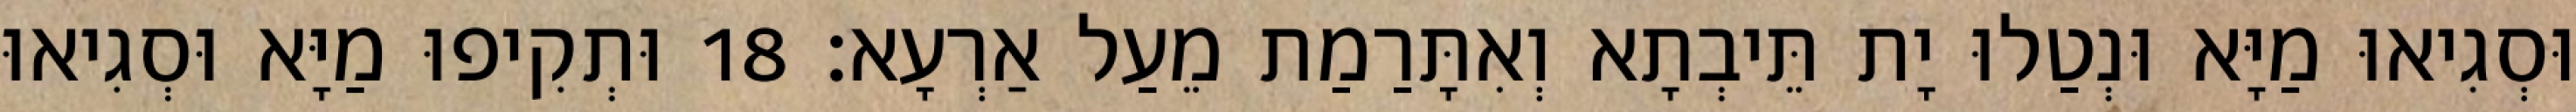
וּסְגִיאוּ מַיָּא וּנְטַלוּ יָת תֵּיבְתָא וְאִתָּרַמַת מֵעַל אַרְעָא׃ 18 וּתְקִיפוּ מַיָּא וּסְגִיאוּ